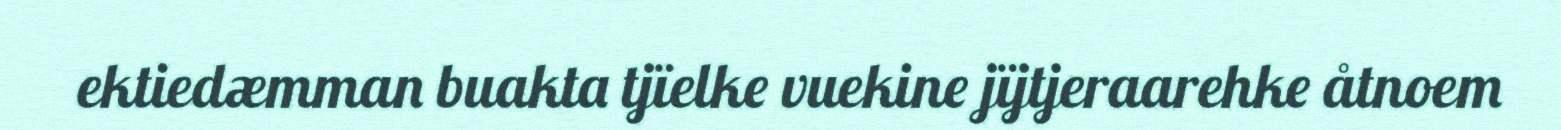
ektiedæmman buakta tjïelke vuekine jïjtjeraarehke åtnoem